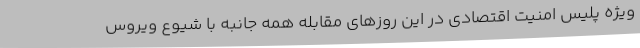
ویژه پلیس امنیت اقتصادی در این روزهای مقابله همه جانبه با شیوع ویروس